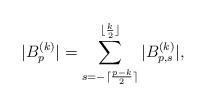
LaTeX: \begin{align*}|B_p^{(k)}|=\sum_{s=-\lceil\frac{p-k}{2}\rceil}^{\lfloor\frac{k}{2}\rfloor}|B_{p,s}^{(k)}|,\end{align*}